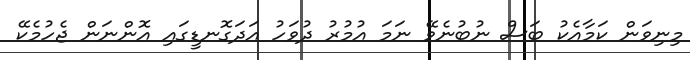
މިނިވަން ކަމާއެކު ބަސް ނުބުނެވޭ ނަމަ އުމުރު ދުވަހު އަދަގޮނޑީގައި އޮންނަން ޖެހުމެކޭ